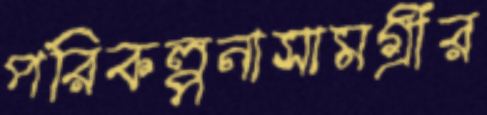
পরিকল্পনাসামগ্রীর